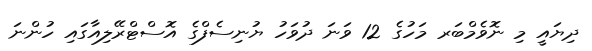
ދިޔައީ މި ނޮވެމްބަރ މަހުގެ 12 ވަނަ ދުވަހު ޔުނިސެފްގެ އޮސްޓްރޭލިއާގައި ހުންނަ